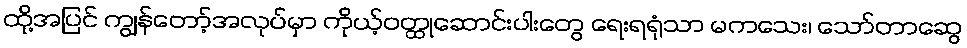
ထို့အပြင် ကျွန်တော့်အလုပ်မှာ ကိုယ့်ဝတ္ထုဆောင်းပါးတွေ ရေးရရုံသာ မကသေး၊ သော်တာဆွေ